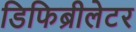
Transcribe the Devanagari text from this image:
डिफिब्रीलेटर